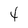
Character: 4